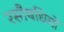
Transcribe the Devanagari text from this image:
रसौषधियों